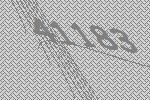
41183